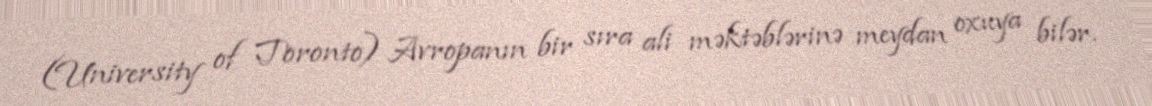
(University of Toronto) Avropanın bir sıra ali məktəblərinə meydan oxuya bilər.